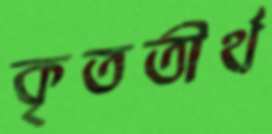
কৃততীর্থ